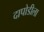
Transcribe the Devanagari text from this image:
दापोडीला